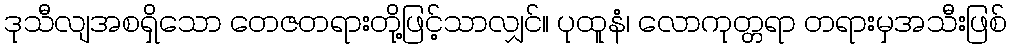
ဒုသီလျအစရှိသော တေဇတရားတို့ဖြင့်သာလျှင်။ ပုထူနံ၊ လောကုတ္တရာ တရားမှအသီးဖြစ်